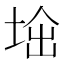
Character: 𡌜